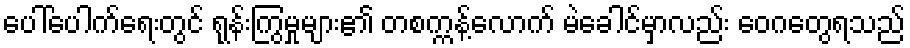
ပေါ်ပေါက်ရေးတွင် ရုန်းကြွမှုများ၏ တစက္ကန့်လောက် မဲခေါင်မှာလည်း ဝေဂတွေရသည်